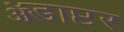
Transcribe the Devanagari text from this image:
ॲडाप्टर